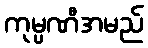
ကုမ္ပဏီအမည်